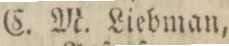
C. M. Liebman,